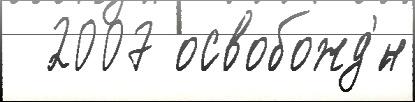
  2007 освобожд'́н